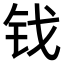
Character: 𫓨